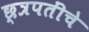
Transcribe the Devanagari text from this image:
छ्त्रपतींचे